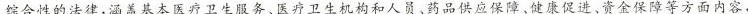
综合性的法律，涵盖基本医疗卫生服务、医疗卫生机构和人员、药品供应保障、健康促进、资金保障等方面内容.